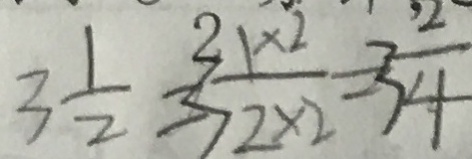
3 \frac { 1 } { 2 } = 3 \frac { 1 \times 2 } { 2 \times 2 } \times 2 = 3 \frac { 2 } { 4 }